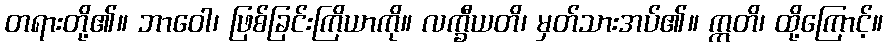
တရားတို့၏။ ဘာဝေါ၊ ဖြစ်ခြင်းကြိယာကို။ လက္ခီယတိ၊ မှတ်သားအပ်၏။ ဣတိ၊ ထို့ကြောင့်။